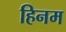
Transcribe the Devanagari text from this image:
हिनम